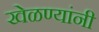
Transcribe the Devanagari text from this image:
खेळण्यांनी